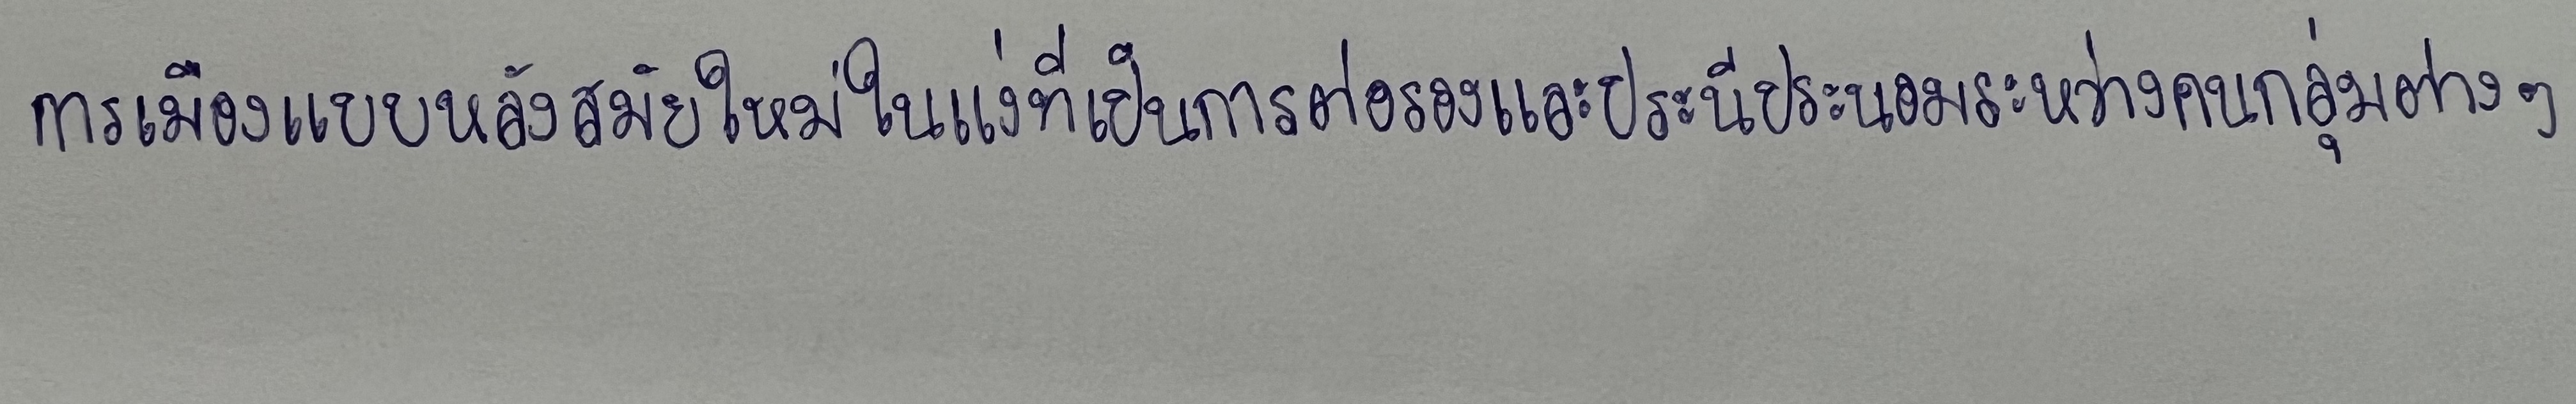
การเมืองแบบหลังสมัยใหม่ในแง่ที่เป็นการต่อรองและประนีประนอมระหว่างคนกลุ่มต่างๆ